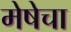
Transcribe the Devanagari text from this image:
मेषेचा